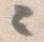
々